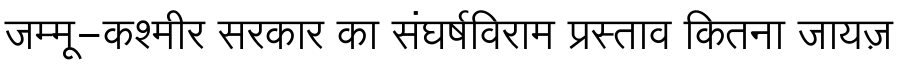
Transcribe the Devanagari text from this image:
जम्मू-कश्मीर सरकार का संघर्षविराम प्रस्ताव कितना जायज़